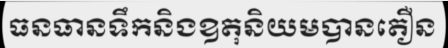
ធនធានទឹកនិងឧតុនិយមបានតឿន